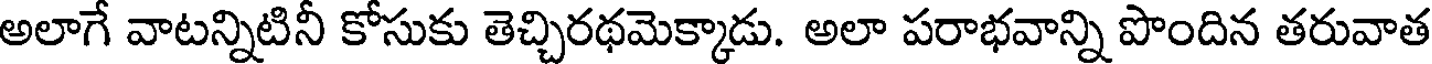
అలాగే వాటన్నిటినీ కోసుకు తెచ్చిరథమెక్కాడు. అలా పరాభవాన్ని పొందిన తరువాత